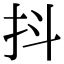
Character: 抖